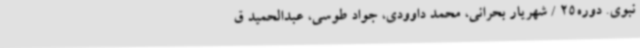
نبوی. دوره25 / شهریار بحرانی، محمد داوودی، جواد طوسی، عبدالحمید ق